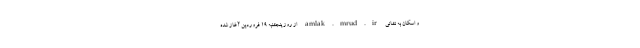
و اسکان به نشانی amlak.mrud.ir از روز پنجشنبه ۱۹ فروردین آغاز شده